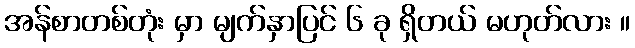
အန်စာတစ်တုံး မှာ မျက်နှာပြင် ၆ ခု ရှိတယ် မဟုတ်လား ။